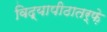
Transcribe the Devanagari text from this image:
विद्यापीठातर्फ़े